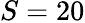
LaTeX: S=20